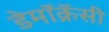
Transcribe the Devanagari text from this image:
डेमॉक्रॅसी